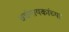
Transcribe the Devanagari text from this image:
चर्चगायकांच्या